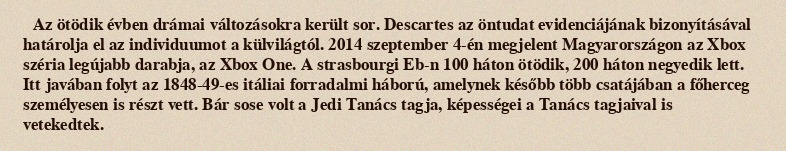
Az ötödik évben drámai változásokra került sor. Descartes az öntudat evidenciájának bizonyításával határolja el az individuumot a külvilágtól. 2014 szeptember 4-én megjelent Magyarországon az Xbox széria legújabb darabja, az Xbox One. A strasbourgi Eb-n 100 háton ötödik, 200 háton negyedik lett. Itt javában folyt az 1848-49-es itáliai forradalmi háború, amelynek később több csatájában a főherceg személyesen is részt vett. Bár sose volt a Jedi Tanács tagja, képességei a Tanács tagjaival is vetekedtek.